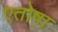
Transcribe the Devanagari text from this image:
एतोषा